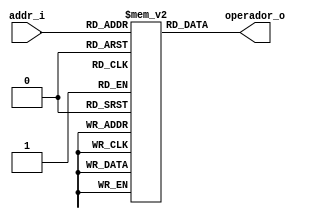
/*
	Grupo:			5CV3
	Proyecto:		Display de 7 segmentos
	Archivo:			Disp7segs.v
	Equipo:			Equipo 2
	Integrantes:	Alcaraz Cuevas Victor Hugo
						Montoya Morales Luis Antonio
						Navarrete Becerril Sharon Anette
						Quintana Romero Roberto
						Urdaneta Villalobos Paul Alejandro

	Descripcion:	Primera version de la ALU (1 bit)
*/

module memoria_a (
	input 	[2:0] addr_i,
	output 	[31:0] operador_o
);

	//definicin de la memoria
	reg [31:0] memory [2**3-1:0];
	
	initial
	begin
		/*memory [0] = 32'b11;
		memory [1] = 32'b000010000100110010110111100001001;
		memory [2] = 32'b10100111001001100100101001000101;*/
		memory [0] = 32'b0011_0101_0000_1111_0110_1001_1001_0010;
	end
	
	//Puerto de lectura
	assign operador_o = memory[addr_i];
	
endmodule